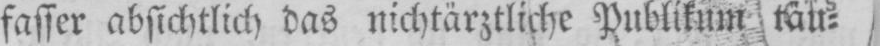
fasser absichtlich das nichtärztliche Publikum täu⸗